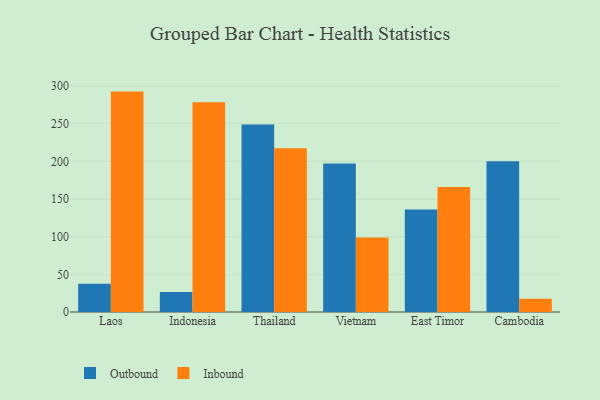
{"axis": {"x": "Country", "y": "LTV (USD)"}, "legend": ["Inbound", "Outbound"], "data": [{"x": "Laos", "y": 37.4, "type": "Outbound"}, {"x": "Laos", "y": 292.7, "type": "Inbound"}, {"x": "Indonesia", "y": 26.4, "type": "Outbound"}, {"x": "Indonesia", "y": 278.4, "type": "Inbound"}, {"x": "Thailand", "y": 249.1, "type": "Outbound"}, {"x": "Thailand", "y": 217.5, "type": "Inbound"}, {"x": "Vietnam", "y": 197.3, "type": "Outbound"}, {"x": "Vietnam", "y": 99.1, "type": "Inbound"}, {"x": "East Timor", "y": 136.0, "type": "Outbound"}, {"x": "East Timor", "y": 166.1, "type": "Inbound"}, {"x": "Cambodia", "y": 200.3, "type": "Outbound"}, {"x": "Cambodia", "y": 17.6, "type": "Inbound"}]}